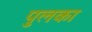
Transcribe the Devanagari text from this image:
पुलका